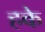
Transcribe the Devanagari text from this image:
हके